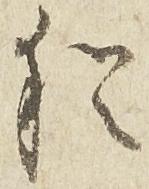
猶